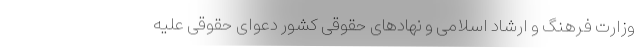
وزارت فرهنگ و ارشاد اسلامی و نهادهای حقوقی کشور دعوای حقوقی علیه